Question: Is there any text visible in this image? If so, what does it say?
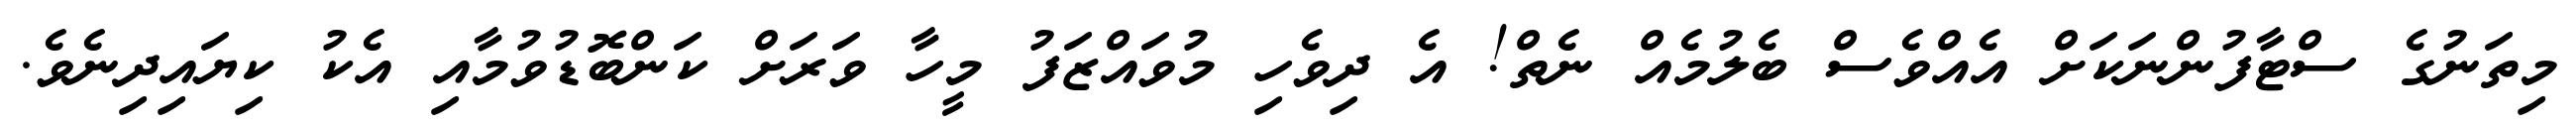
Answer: މިތަނުގެ ސްޓާފުންނަކަށް އެއްވެސް ބެލުމެއް ނެތް! އެ ދިވެހި މުވައްޒަފު މީހާ ވަރަށް ކަންބޮޑުވުމާއި އެކު ކިޔައިދިނެވެ.